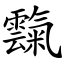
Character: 霼